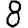
Digit: 8